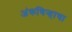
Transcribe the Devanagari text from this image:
अंकचिन्हाचा